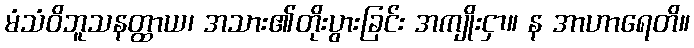
မံသံဝိဘူသနတ္ထာယ၊ အသား၏တိုးပွားခြင်း အကျိုးငှာ။ န အာဟာရေတိ။